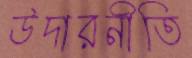
উদারনীতি